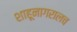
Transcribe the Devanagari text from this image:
शाहूनागरालच